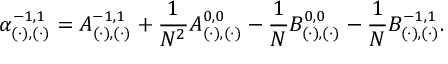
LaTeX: \alpha _ { ( \cdot ) , ( \cdot ) } ^ { - 1 , 1 } = A _ { ( \cdot ) , ( \cdot ) } ^ { - 1 , 1 } + \frac { 1 } { N ^ { 2 } } A _ { ( \cdot ) , ( \cdot ) } ^ { 0 , 0 } - \frac { 1 } { N } B _ { ( \cdot ) , ( \cdot ) } ^ { 0 , 0 } - \frac { 1 } { N } B _ { ( \cdot ) , ( \cdot ) } ^ { - 1 , 1 } .